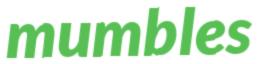
mumbles